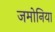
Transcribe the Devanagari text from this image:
जमोनिया